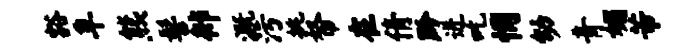
豁阜熊髻徘溉污挑帑在倩黔迸吃惘幼青媚芾